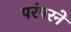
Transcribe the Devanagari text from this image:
परंपरने